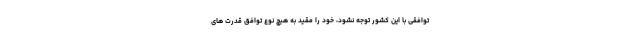
توافقی با این کشور توجه نشود، خود را مقید به هیچ نوع توافق قدرت های